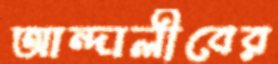
আন্দালীবের